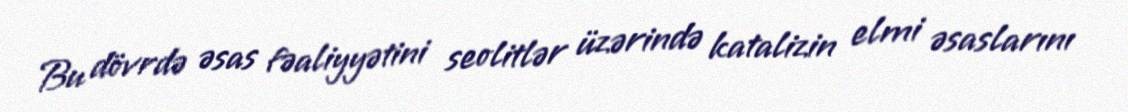
Bu dövrdə əsas fəaliyyətini seolitlər üzərində katalizin elmi əsaslarını